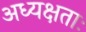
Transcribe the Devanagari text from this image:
अध्यक्षताः